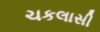
ચકલાસી